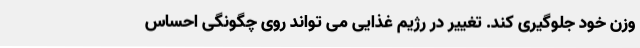
وزن خود جلوگیری کند. تغییر در رژیم غذایی می تواند روی چگونگی احساس